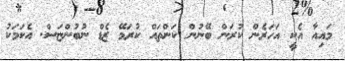
މައިއާ އެކީ އަހަރެން ކުރަން ބޭނުން ކަންތައް ކުރަމޭ ޒެޑް ނުބުންޏަސް. އެކަމަކު